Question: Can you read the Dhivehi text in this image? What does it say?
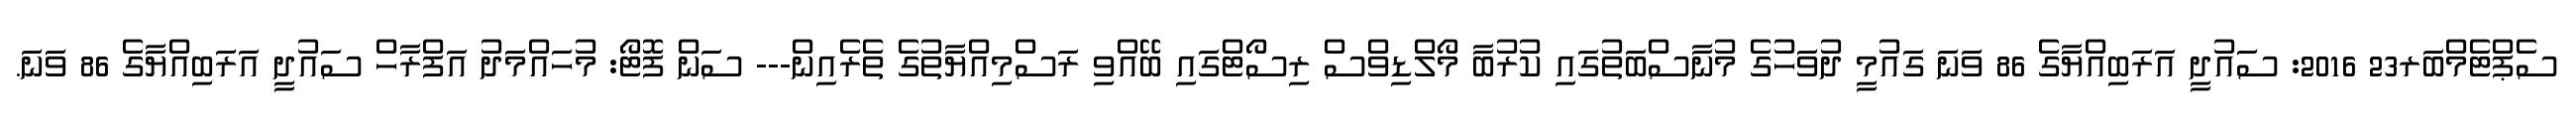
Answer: ސެޕްޓެމްބަރ23 2016: ސައުދީ އަރަބިއްޔާގެ 86 ވަނަ ގައުމީ ދުވަހުގެ މުނާސްބަތުގައި ކުރުބާ މޯލްޑިވްސް ރިސޯޓްގައި ބޭއްވި ރަސްމިއްޔާތުގެ ތެރެއިން--- ސަން ފޮޓޯ: މުހައްމަދު އަފްރާހް ސައުދީ އަރަބިއްޔާގެ 86 ވަނަ.